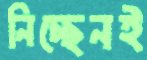
নিচ্ছেনই